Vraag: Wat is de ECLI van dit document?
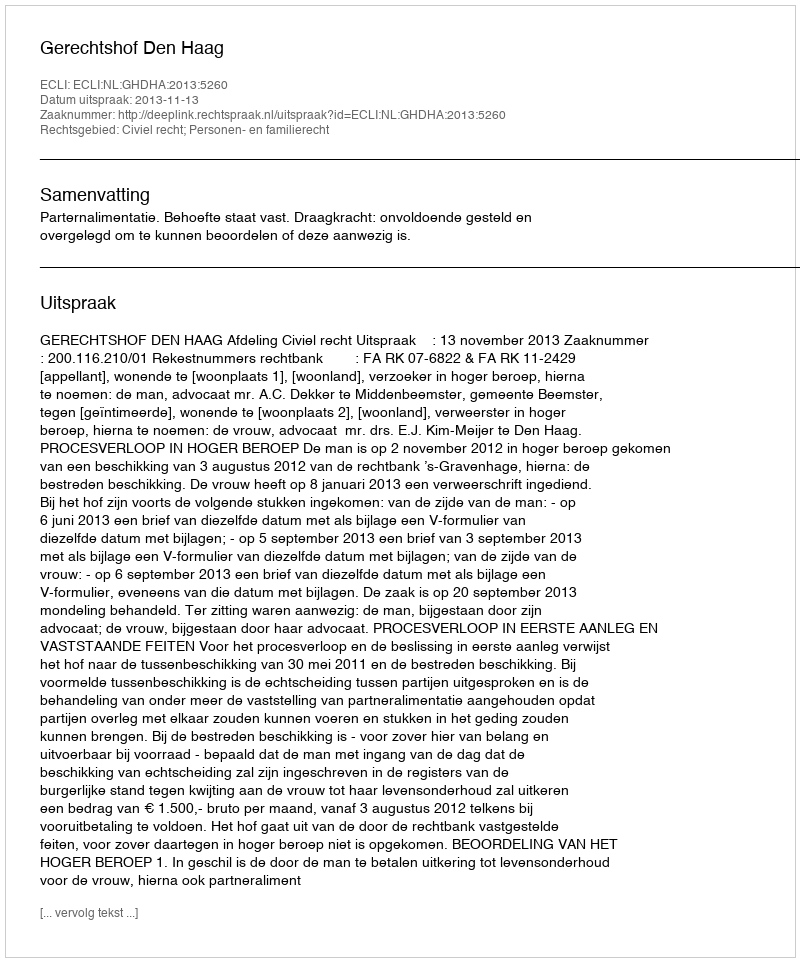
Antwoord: ECLI:NL:GHDHA:2013:5260